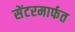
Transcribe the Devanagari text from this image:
सेंटरमार्फत